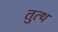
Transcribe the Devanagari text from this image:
तुत्थ